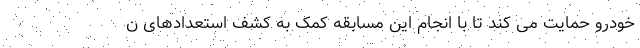
خودرو حمایت می کند تا با انجام این مسابقه کمک به کشف استعدادهای ن